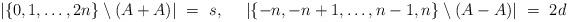
LaTeX: \begin{align*}|\{0,1,\dots,2n\} \setminus (A+A)|\ =\ s,\ \ \ \ |\{-n,-n+1,\dots,n-1,n\} \setminus (A-A)|\ =\ 2d\end{align*}